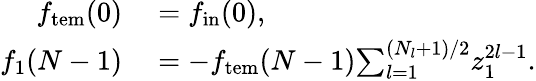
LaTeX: \begin{array}{rl}{f_{\mathrm{tem}}(0)}&{{}=f_{\mathrm{in}}(0),}\\ {f_{1}(N-1)}&{{}=-f_{\mathrm{tem}}(N-1){\sum_{l=1}^{(N_{l}{+}1)/2}}z_{1}^{2l-1}.}\end{array}